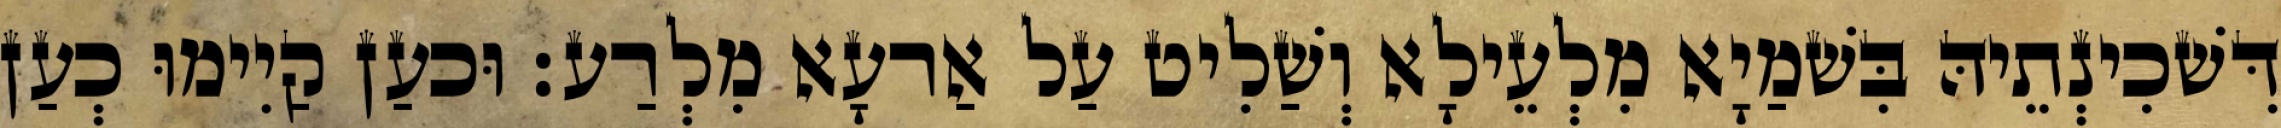
דִּשׁכִינְתֵיהּ בִּשׁמַיָא מִלְעֵילָא וְשַׁלִיט עַל אַרעָא מִלְרַע׃ וּכעַן קַיִימוּ כְעַן